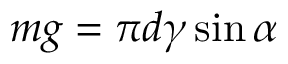
\, m g = \pi d \gamma \sin \alpha